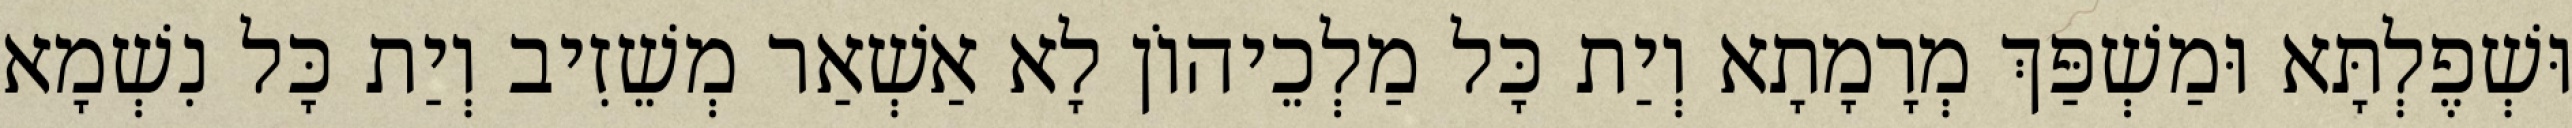
וּשְׁפֶלְתָּא וּמַשְׁפַּךְ מְרָמָתָא וְיַת כָּל מַלְכֵיהוֹן לָא אַשְׁאַר מְשֵׁזִיב וְיַת כָּל נִשְׁמָא